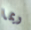
ربما